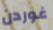
غوردن